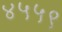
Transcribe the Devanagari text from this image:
४५५९